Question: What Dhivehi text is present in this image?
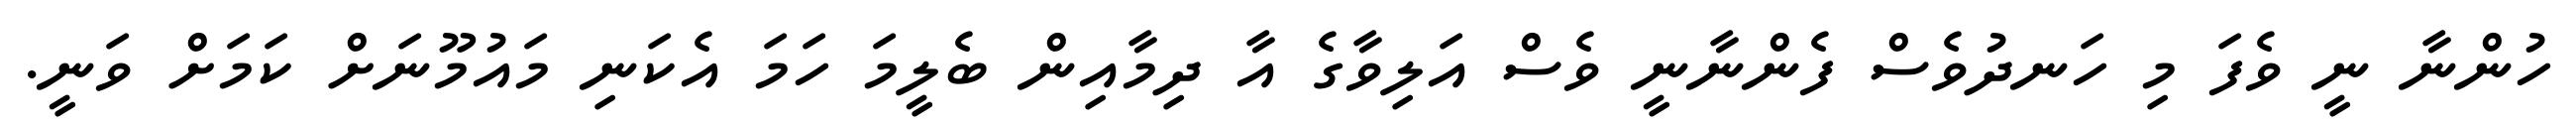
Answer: ހުންނާ ނީ ވެފަ މި ހަނދުވެސް ފެންނާނީ ވެސް އަލިވާގެ އާ ދިމާއިން ބެލީމަ ހަމަ އެކަނި މައުމޫނަށް ކަމަށް ވަނީ.